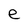
Character: e